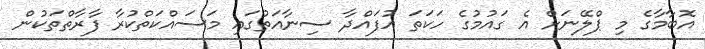
އޮބާމާގެ މި ޕްލޭނަށް އެ ގައުމުގެ ހަކަތަ އުފައްދާ ސިނާއަތުގައި މަސައްކަތްކުރާ ފާރާތްތަކުން